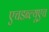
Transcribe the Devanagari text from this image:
एचडब्ल्यूएच